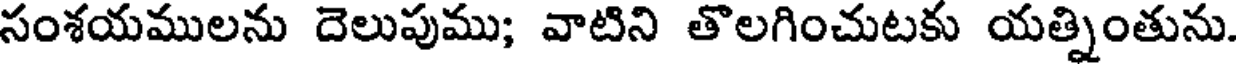
సంశయములను దెలుపుము; వాటిని తొలగించుటకు యత్నింతును.